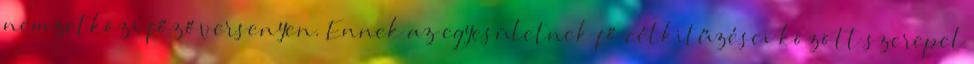
nemzetközi főzőversenyen. Ennek az egyesületnek fő célkitűzései között szerepel